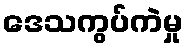
ဒေသကွပ်ကဲမှု